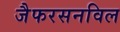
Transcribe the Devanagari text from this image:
जैफरसनविल